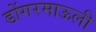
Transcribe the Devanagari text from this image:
डोंगरमाऊली